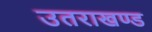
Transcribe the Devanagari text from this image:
उतराखण्ड